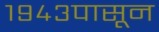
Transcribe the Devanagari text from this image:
१९४३पासून